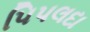
પિપલદા